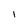
Character: l